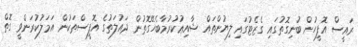
ރައީސް އޮފީހުން ބުނިގޮތުގައި ގެޒެޓުގައި ލިޔުންތައް ޝާއިޢުކުރުމާބެހޭގޮތުން ދައުލަތުގެ އޮފީސްތަކުން އަމަލުކުރަންވީ ގޮތް